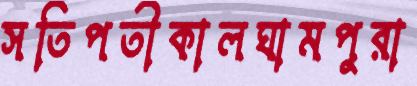
সতিপতীকালঘামপুরা